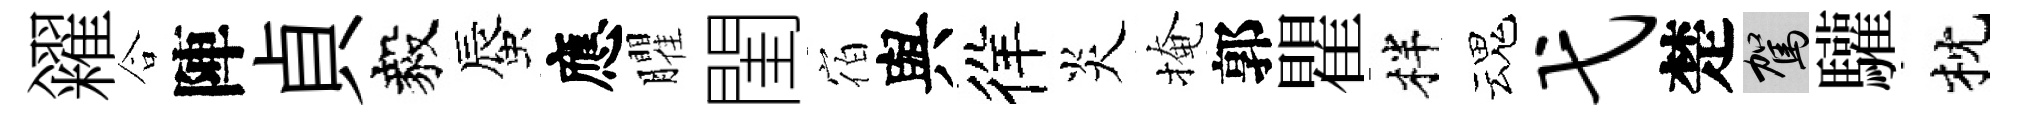
糴合陣貞毅蜃應臞閨宿與徉炎掩郭瞿柈魂弋楚駕驩枕